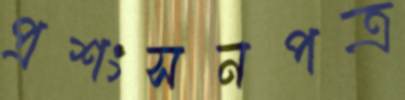
প্রশংসনপত্র